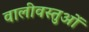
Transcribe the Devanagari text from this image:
वालीवस्तुओं